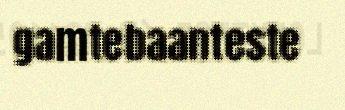
gamtebaanteste